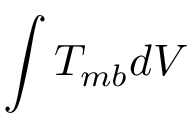
\int T _ { m b } d V